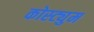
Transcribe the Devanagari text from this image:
कोस्ट्युम